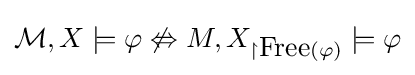
{\mathcal {M}},X\models \varphi \not \Leftrightarrow M,X_{\upharpoonright {\mbox{Free}}(\varphi )}\models \varphi